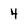
Character: 4